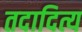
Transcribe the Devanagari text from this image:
तदादित्य